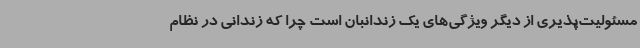
مسئولیت‌پذیری از دیگر ویژگی‌های یک زندانبان است چرا که زندانی در نظام